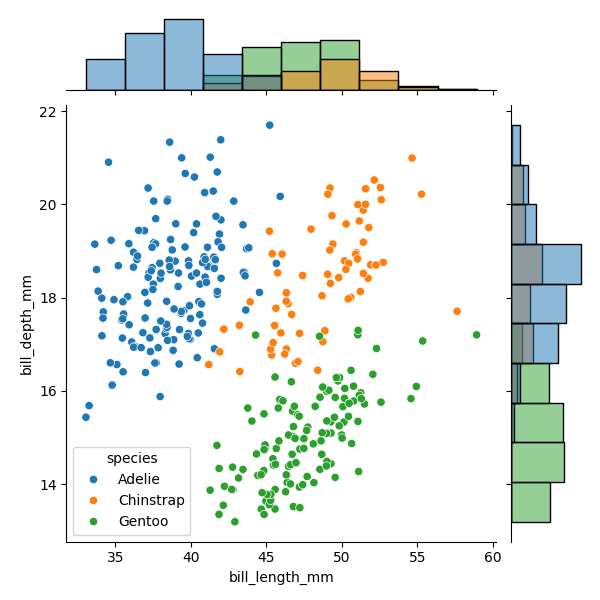
python, seaborn, JointGrid, scatterplot, histplot, hue